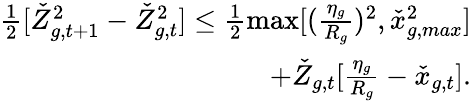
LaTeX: \begin{array}{r}{\frac{1}{2}[\check{Z}_{g,t+1}^{2}-\check{Z}_{g,t}^{2}]\leq\frac{1}{2}\operatorname*{max}[(\frac{\eta_{g}}{R_{g}})^{2},\check{x}_{g,max}^{2}]}\\ {+\check{Z}_{g,t}[\frac{\eta_{g}}{R_{g}}-\check{x}_{g,t}].}\end{array}